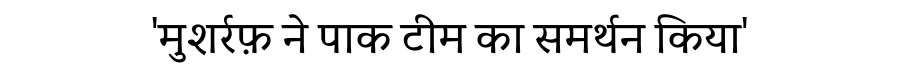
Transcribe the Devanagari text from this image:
'मुशर्रफ़ ने पाक टीम का समर्थन किया'